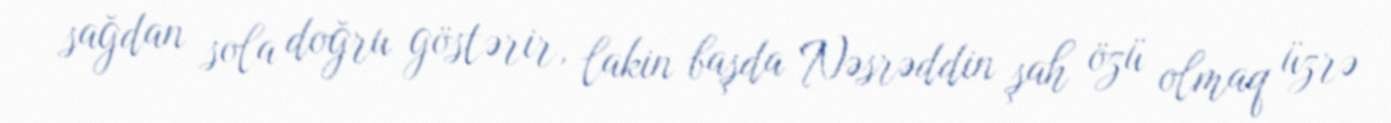
sağdan sola doğru göstərir, lakin başda Nəsrəddin şah özü olmaq üzrə